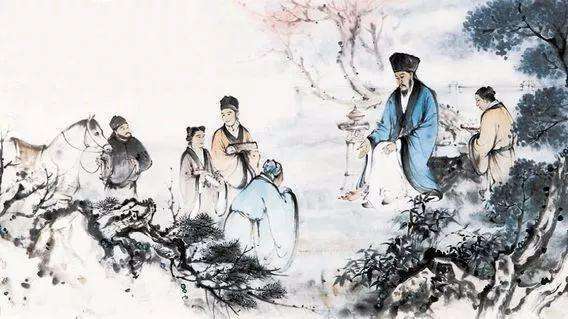
圣人之行不同也，或远或近，或去或不去，归洁其身而已矣。